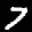
Label: 7